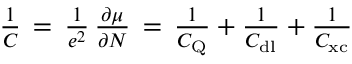
\begin{array} { r } { \frac { 1 } { C } \, = \, \frac { 1 } { e ^ { 2 } } \, \frac { \partial \mu } { \partial N } \, = \, \frac { 1 } { C _ { \mathrm { Q } } } + \frac { 1 } { C _ { \mathrm { d l } } } + \frac { 1 } { C _ { \mathrm { x c } } } } \end{array}